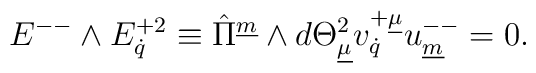
{E}^{--} \wedge  {E}^{+2}_{\dot{q}} \equiv  \hat{\Pi}^{\underline{m}} \wedge  d{\Theta}^2_{\underline{\mu}}  v^{+\underline{\mu}}_{\dot{q}} u^{--}_{\underline{m}}=0. \qquad